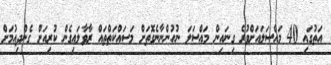
އަތުގައި 40 މައްސަލައަށްވުރެ ގިނައިން މައްސަލަ ނުހުންނާނެގޮތަށް މަސައްކަތްތައް ރާވާލައިގެން ކުރިއަށް ގެންދިއުމަށް